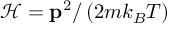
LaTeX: { \mathcal { H } } = \mathbf { p } ^ { 2 } / \left( 2 m k _ { B } T \right)